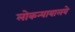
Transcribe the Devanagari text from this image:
लोकन्यायालये